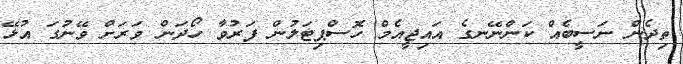
ތިދެން ނަސީބެއް ކަންނޭނގެ އައިޖީއެމް ހޮސްޕިޓަލުން ފަރުވާ ހޯދަން ވަރަށް ވޭނުގަ އުޅޭ